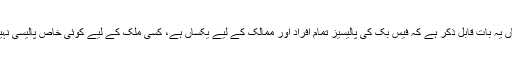
یہاں یہ بات قابل ذکر ہے کہ فیس بک کی پالیسیز تمام افراد اور ممالک کے لیے یکساں ہے، کسی ملک کے لیے کوئی خاص پالیسی نہیں۔